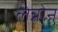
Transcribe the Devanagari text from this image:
लेन्नोन